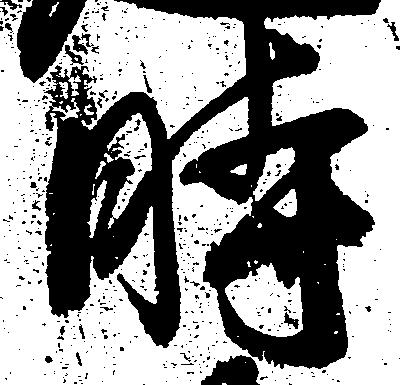
時